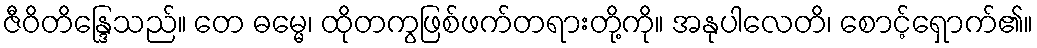
ဇီဝိတိန္ဒြေသည်။ တေ ဓမ္မေ၊ ထိုတကွဖြစ်ဖက်တရားတို့ကို။ အနုပါလေတိ၊ စောင့်ရှောက်၏။